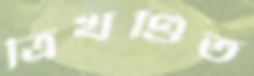
ত্রিখণ্ডিত